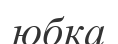
юбка